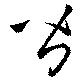
皆